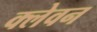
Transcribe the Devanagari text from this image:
क्लेवन